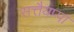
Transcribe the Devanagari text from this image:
सत्तैयप्पा